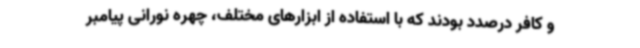
و کافر درصدد بودند که با استفاده از ابزارهای مختلف، چهره نورانی پیامبر